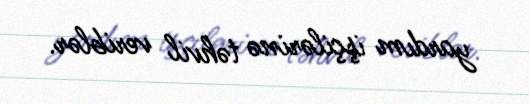
yardım işçilərinə təhvil veriblər.